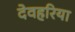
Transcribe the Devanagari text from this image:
देवहरिया